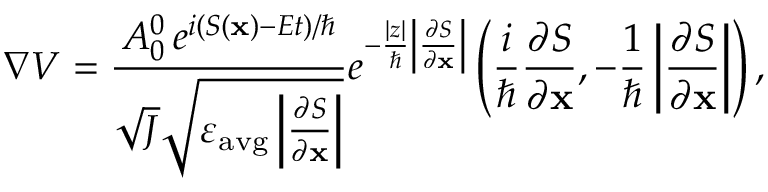
\nabla V = \frac { A _ { 0 } ^ { 0 } \, e ^ { i ( S ( \mathbf { x } ) - E t ) / \hbar } } { \sqrt { J } \sqrt { \varepsilon _ { \mathrm { a v g } } \left| \frac { \partial S } { \partial \mathbf { x } } \right| } } e ^ { - \frac { | z | } { \hbar } \left| \frac { \partial S } { \partial \mathbf { x } } \right| } \left( \frac { i } { \hbar } \frac { \partial S } { \partial \mathbf { x } } , - \frac { 1 } { \hbar } \left| \frac { \partial S } { \partial \mathbf { x } } \right| \right) ,